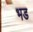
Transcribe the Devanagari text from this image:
भड